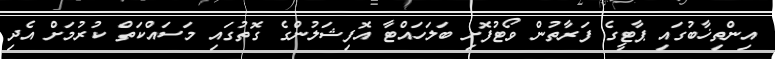
އިންތިޚާބުގައި ޕާޓީގެ ފަރާތުން ވޯޓުފޮށި ބަލަހައްޓާ އޮފިޝަލުންގެ ގޮތުގައި މަސައްކަތް ކުރުމަށް އެދި